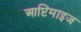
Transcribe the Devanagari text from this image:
आप्टिमाइज